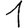
Digit: 1